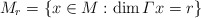
\begin{align*}M_r = \{x \in M: \dim\varGamma x = r\}\end{align*}